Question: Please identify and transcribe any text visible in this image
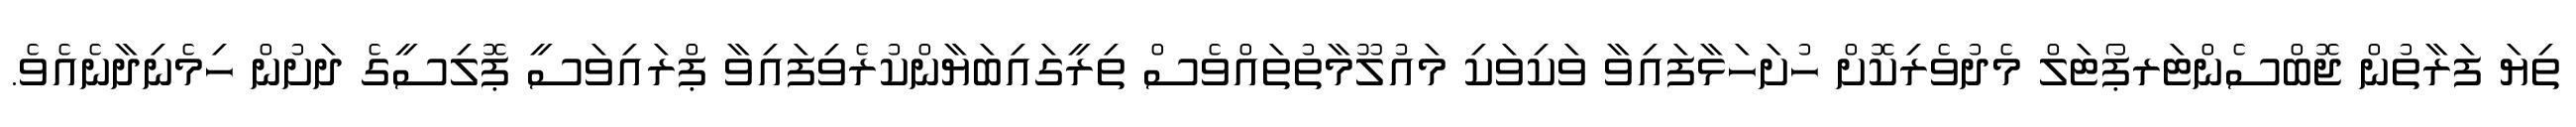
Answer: ތިޔަ ފަރާތުން ޖޮބްސެންޓަރޕޯޓަލް މެދުވެރިކޮށް ހުށަހަޅާފައިވާ ވަކިވަކި މައުލޫމާތުތައްވެސް ތިރީގައިބަޔާންކުރެވިފައިވާ ޕްރައިވަސީ ޕޮލިސީގެ ދަށުން ހިމެނިދާނެއެވެ.